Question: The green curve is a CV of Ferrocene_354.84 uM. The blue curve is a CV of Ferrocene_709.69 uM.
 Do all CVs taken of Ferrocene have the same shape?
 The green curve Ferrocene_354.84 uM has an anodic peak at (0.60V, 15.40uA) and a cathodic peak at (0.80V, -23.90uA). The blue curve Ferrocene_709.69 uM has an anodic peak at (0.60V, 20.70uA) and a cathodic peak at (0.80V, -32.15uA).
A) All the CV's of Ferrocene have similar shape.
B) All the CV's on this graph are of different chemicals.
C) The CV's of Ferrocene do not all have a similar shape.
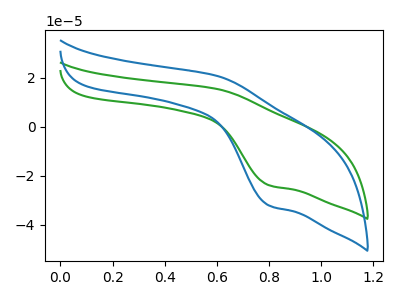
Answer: <think>All the peaks in "Ferrocene_354.84 uM" have a peak in "Ferrocene_709.69 uM" at the same potential. Every peak in "Ferrocene_354.84 uM" is lower than every peak in "Ferrocene_709.69 uM".
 </think>
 <answer>A) All the CV's of "Ferrocene" have similar shape.</answer>
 <eval>A</eval>